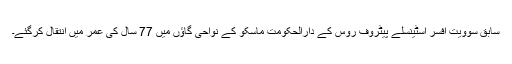
سابق سوویت افسر اسٹینسلے پیٹروف روس کے دارالحکومت ماسکو کے نواحی گاؤں میں 77 سال کی عمر میں انتقال کرگئے۔